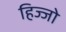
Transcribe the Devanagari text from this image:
हिज्जो